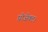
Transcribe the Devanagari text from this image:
प्रोजेक्ट।